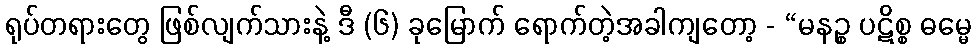
ရုပ်တရားတွေ ဖြစ်လျက်သားနဲ့ ဒီ (၆) ခုမြောက် ရောက်တဲ့အခါကျတော့ - “မနဉ္စ ပဋိစ္စ ဓမ္မေ